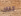
تلك